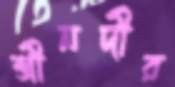
শ্রীনদীর